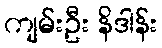
ကျမ်းဦး နိဒါန်း